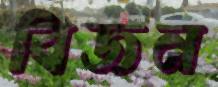
বিজন